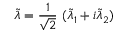
\widetilde { \lambda } = \frac { 1 } { \sqrt { 2 } } \ ( \widetilde { \lambda } _ { 1 } + i \widetilde { \lambda } _ { 2 } )